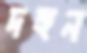
দহুন